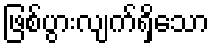
ဖြစ်ပွားလျက်ရှိသော